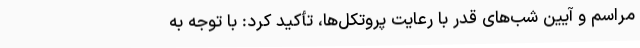
مراسم و آیین شب‌های قدر با رعایت پروتکل‌ها، تأکید کرد: با توجه به